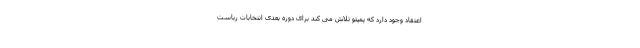
اعتقاد وجود دارد که پمپئو تلاش می کند برای دوره بعدی انتخابات ریاست